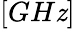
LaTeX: \left[GH\mathit{z}\right]